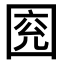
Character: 𡇰